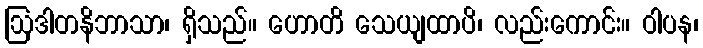
ဩဒါတနိဘာသာ၊ ရှိသည်။ ဟောတိ သေယျထာပိ၊ လည်းကောင်း။ ဝါပန၊